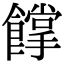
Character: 𩞦